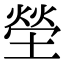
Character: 塋